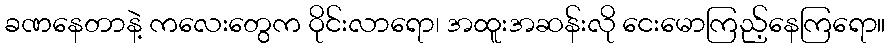
ခဏနေတာနဲ့ ကလေးတွေက ဝိုင်းလာရော၊ အထူးအဆန်းလို ငေးမောကြည့်နေကြရော။